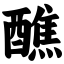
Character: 醮